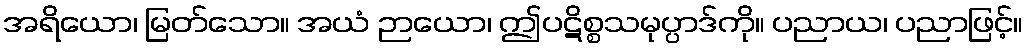
အရိယော၊ မြတ်သော။ အယံ ဉာယော၊ ဤပဋိစ္စသမုပ္ပာဒ်ကို။ ပညာယ၊ ပညာဖြင့်။